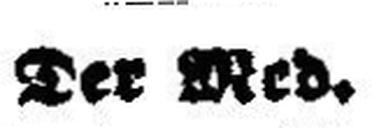
Der Med.